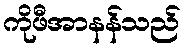
ကိုဖီအာနန်သည်